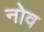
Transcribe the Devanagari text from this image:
नोव